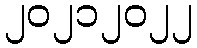
၂၀၂၁၂၀၂၂